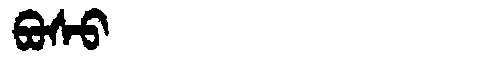
Manchu: ᠪᠣᠰᠣ
Romanization: BOSO